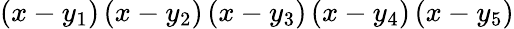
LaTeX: \left(x-y_{1}\right)\left(x-y_{2}\right)\left(x-y_{3}\right)\left(x-y_{4}\right)\left(x-y_{5}\right)